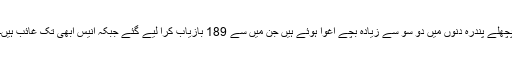
پچھلے پندرہ دنوں میں دو سو سے زیادہ بچے اغوا ہوئے ہیں جن میں سے 189 بازیاب کرا لیے گئے جبکہ انیس ابھی تک غائب ہیں۔